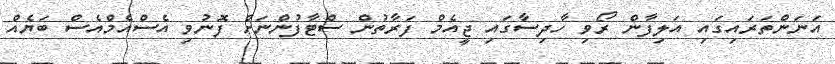
އަނަންތަރައިގައި އަލިފާން ރޯވި ހާދިސާގައި ޖީއެމް ފަރާތުން ސްޓާފުންނަށް ފޮނުވި އެސްއެމްއެސް ބަޔެއް